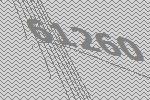
61260